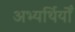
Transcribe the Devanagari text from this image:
अभ्यर्थियोँ